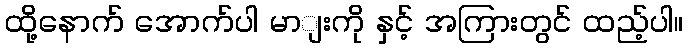
ထို့နောက် အောက်ပါ မာျးကို နှင့် အကြားတွင် ထည့်ပါ။